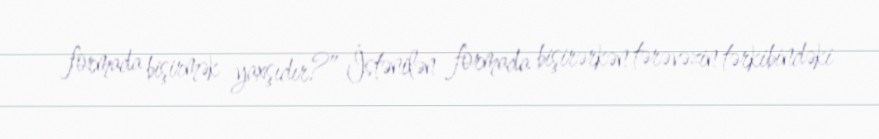
formada bişirmək yaxşıdır?” İstənilən formada bişirərkən tərəvəzin tərkibindəki